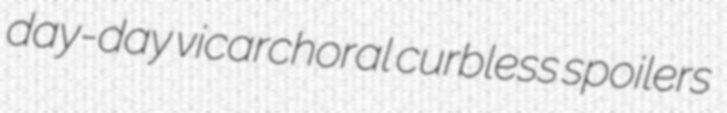
day-day vicarchoral curbless spoilers